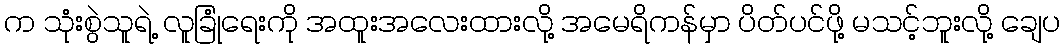
က သုံးစွဲသူရဲ့ လူခြုံရေးကို အထူးအလေးထားလို့ အမေရိကန်မှာ ပိတ်ပင်ဖို့ မသင့်ဘူးလို့ ချေပ